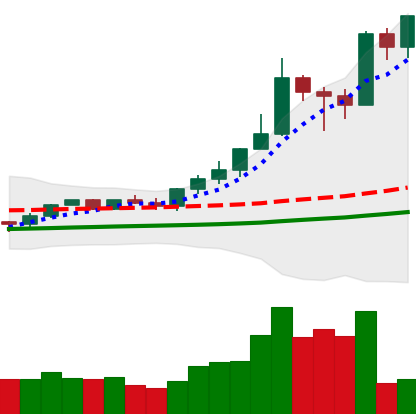
Ticker: XMR-USD
Chart end date: 2021-02-19
Forward return: -27.421%
Label: down_7plus